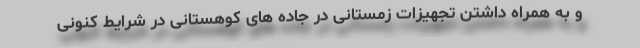
و به همراه داشتن تجهیزات زمستانی در جاده های کوهستانی در شرایط کنونی